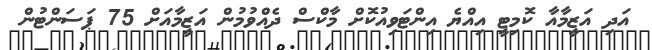
އަދި އަޒީމާއާ ކޮމިޓީ އިއްޔެ އިންޓަވިއުކޮށް މާކްސް ދެއްވުމުން އަޒީމާއަށް 75 ޕަސަންޓުން